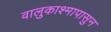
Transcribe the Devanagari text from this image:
वालुकाश्मापासुन